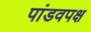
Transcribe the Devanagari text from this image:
पांडवपक्ष